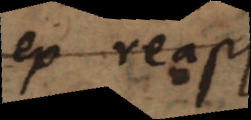
ex reapse